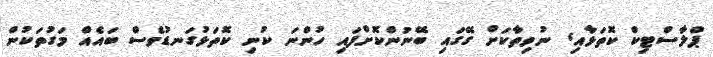
ޕްލާސްޓިކް ކޮތަޅާއި